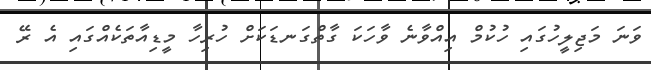
ވަނަ މަޖިލީހުގައި ހުކުމް އިއްވާނެ ވާހަކަ ގާތްގަނޑަކަށް ހުރިހާ މީޑިއާތަކެއްގައި އެ ރޭ